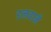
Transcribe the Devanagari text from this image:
डलवाने